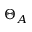
\Theta _ { A }